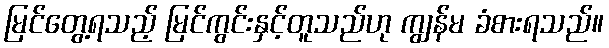
မြင်တွေ့ရသည့် မြင်ကွင်းနှင့်တူသည်ဟု ကျွန်မ ခံစားရသည်။